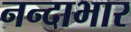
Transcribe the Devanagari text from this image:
नन्दाभार